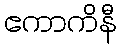
ဧကာကိနီ